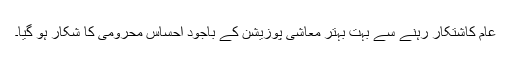
عام کاشتکار رہنے سے بہت بہتر معاشی پوزیشن کے باجود احساس محرومی کا شکار ہو گیا۔